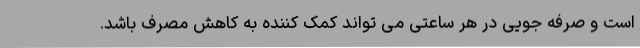
است و صرفه جویی در هر ساعتی می تواند کمک کننده به کاهش مصرف باشد.